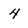
Character: 4